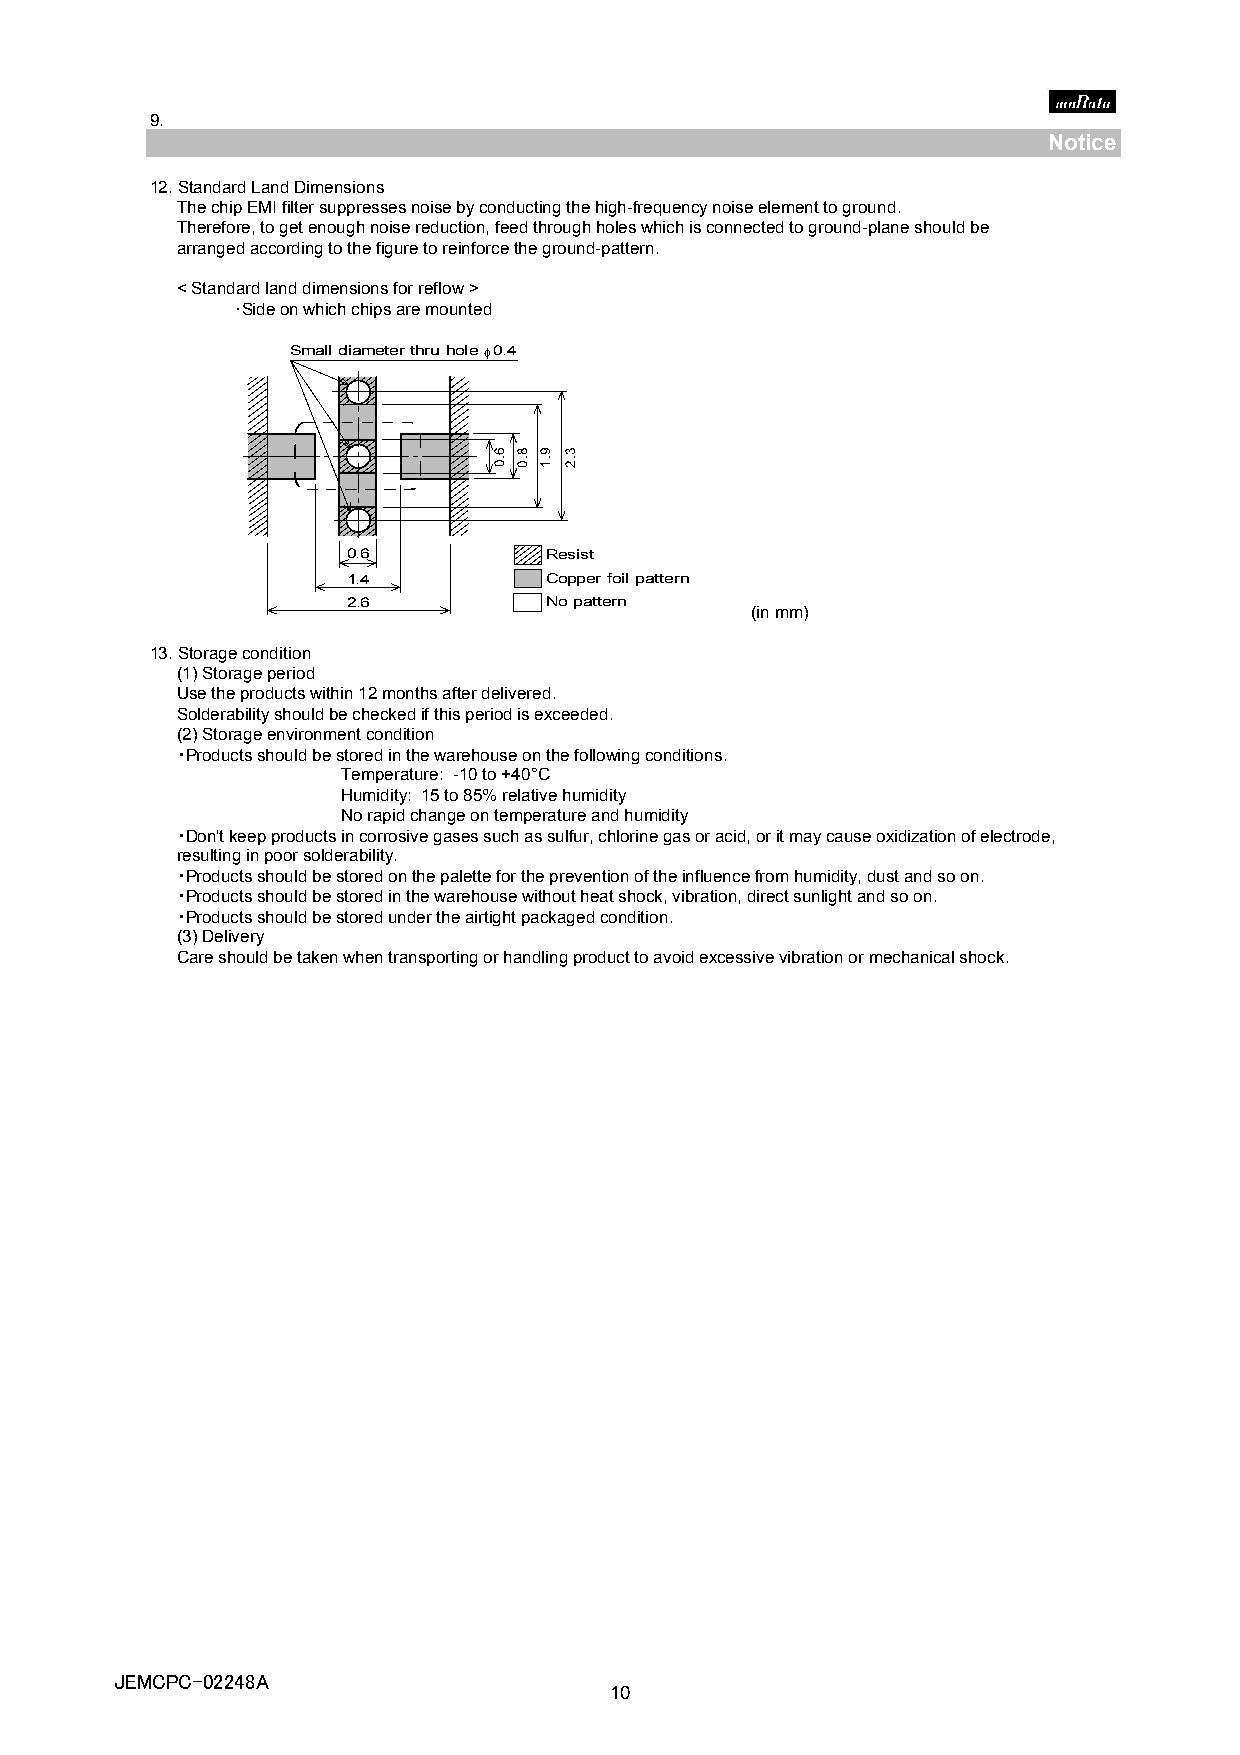
9.
 Notice
 12.StandardLandDimensions
 ThechipEMIfiltersuppressesnoisebyconductingthehigh-frequencynoiseelementtoground.
 Therefore,togetenoughnoisereduction,feedthroughholeswhichisconnectedtoground-planeshouldbe
 arrangedaccordingtothefiguretoreinforcetheground-pattern.
 <Standardlanddimensionsforreflow>
 ･Sideonwhichchipsaremounted
 Smalldiameterthruhole0.4
 0.6          Resist
 1.4          Copperfoilpattern
 2.6          Nopattern
 (inmm)
 13.Storagecondition
 (1)Storageperiod
 Usetheproductswithin12monthsafterdelivered.
 Solderabilityshouldbecheckedifthisperiodisexceeded.
 (2)Storageenvironmentcondition
 ・Productsshouldbestoredinthewarehouseonthefollowingconditions.
 Temperature: -10to+40°C
 Humidity: 15to85%relativehumidity
 Norapidchangeontemperatureandhumidity
 ・Don'tkeepproductsincorrosivegasessuchassulfur,chlorinegasoracid,oritmaycauseoxidizationofelectrode,
 resultinginpoorsolderability.
 ・・PPrroodduuccttsssshhoouullddbbeessttoorreeddoonntthheeppaalleetttteeffoorrtthheepprreevveennttiioonnoofftthheeiinnfflluueenncceeffrroommhhuummiiddiittyy,,dduussttaannddssoooonn..
 ・Productsshouldbestoredinthewarehousewithoutheatshock,vibration,directsunlightandsoon.
 ・Productsshouldbestoredundertheairtightpackagedcondition.
 (3)Delivery
 Careshouldbetakenwhentransportingorhandlingproducttoavoidexcessivevibrationormechanicalshock.
 JJJEEEMMMCCCPPPCCC---000222222444888AAA
 10
 6.0 8.0 9.1 3.2